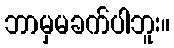
ဘာမှမခက်ပါဘူး။